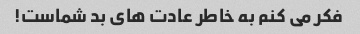
فکر می کنم به خاطر عادت های بد شماست!